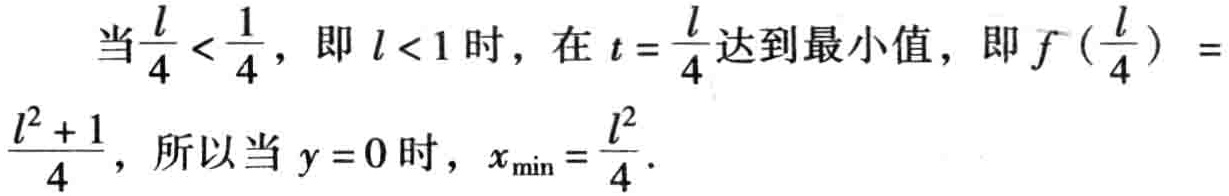
当$\frac{l}{4} < \frac{1}{4}$，即$l < 1$时，在$t = \frac{l}{4}$达到最小值，即$f(\frac{l}{4}) = \frac{l^{2} + 1}{4}$，所以当$y = 0$时，$x_{\min} = \frac{l^{2}}{4}$.